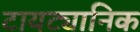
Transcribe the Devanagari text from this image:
टायट्यानिक